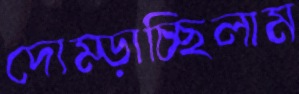
দোম্‌ড়াচ্ছিলাম